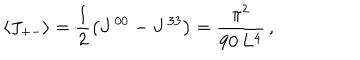
\langle J _ { + - } \rangle = \frac { 1 } { 2 } \left( J ^ { \, 0 0 } - J ^ { \, 3 3 } \right) = \frac { \pi ^ { 2 } } { 9 0 \, L ^ { 4 } } \, ,